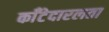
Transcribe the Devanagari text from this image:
काँटेदारलता